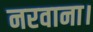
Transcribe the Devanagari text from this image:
नरवाना।